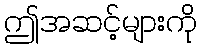
ဤအဆင့်များကို